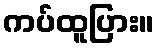
ကပ်ထူပြား။